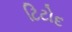
ટિટોદ